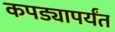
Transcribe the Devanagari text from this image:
कपड्यापर्यंत